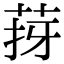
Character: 𦯙